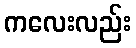
ကလေးလည်း